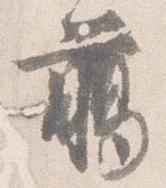
臈